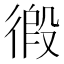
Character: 𢔾